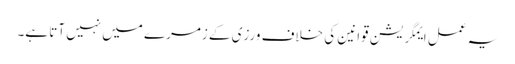
یہ عمل ایمگریشن قوانین کی خلاف ورزی کے زمرے میں نہیں آتا ہے۔